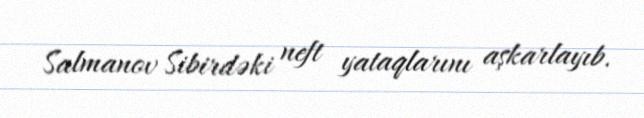
Salmanov Sibirdəki neft yataqlarını aşkarlayıb.